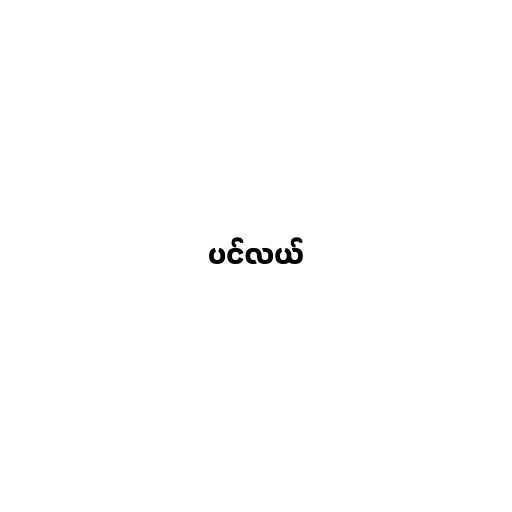
ပင်လယ်